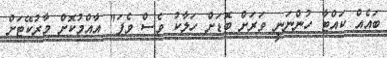
ބައެއް ކައްޓާ ހުންނަނީ ވަރަށް ބޮޑަށް ހަލާކު ވެސް ވެފަ" އާއްމުކޮށް މާރުކޭޓަށް